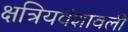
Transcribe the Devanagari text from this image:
क्षत्रियवंशावली